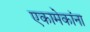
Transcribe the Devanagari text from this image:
एकामेकांना